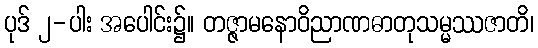
ပုဒ် ၂-ပါး အပေါင်း၌။ တဇ္ဇာမနောဝိညာဏဓာတုသမ္မဿဇာတိ၊